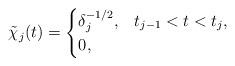
LaTeX: \begin{align*} \tilde{\chi}_j(t) = \begin{cases} \delta_j^{-1/2}, & t_{j-1} < t < t_{j}, \\ 0, & \end{cases}\end{align*}